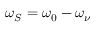
\omega _ { S } = \omega _ { 0 } - \omega _ { \nu }